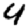
Digit: 4